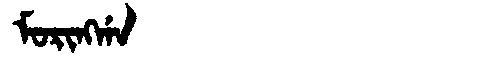
Manchu: ᠮᠣᡵᡳᠩᡤᠠ
Romanization: MORINGGA